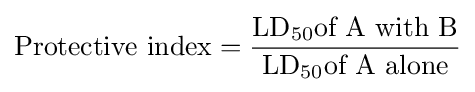
{\mbox{Protective index}}={\frac {\mathrm {LD} _{50}{\text{of A with B}}}{\mathrm {LD} _{50}{\text{of A alone}}}}